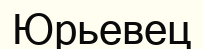
Юрьевец